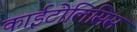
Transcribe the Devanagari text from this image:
काईटोलिसिस